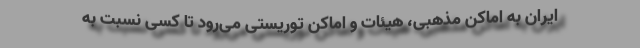
ایران به اماکن مذهبی، هیئات و اماکن توریستی می‌رود تا کسی نسبت به